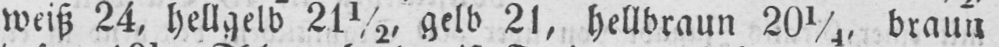
weiß 24, hellgelb 21½, gelb 21, hellbraun 201/4, braun